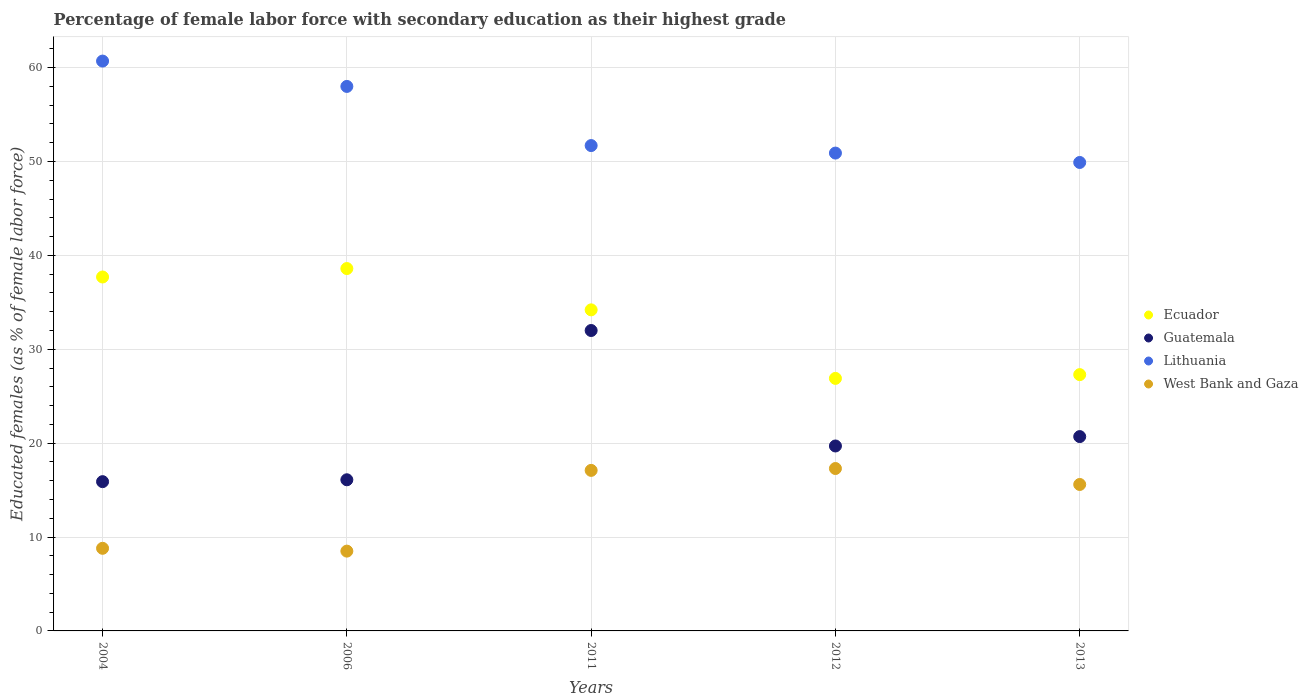
| Years | Ecuador | Guatemala | Lithuania | West Bank and Gaza |
 | --- | --- | --- | --- | --- |
 | 2004 | 37.7 | 15.9 | 60.7 | 8.8 |
 | 2006 | 38.6 | 16.1 | 58 | 8.5 |
 | 2011 | 34.2 | 32 | 51.7 | 17.1 |
 | 2012 | 26.9 | 19.7 | 50.9 | 17.3 |
 | 2013 | 27.3 | 20.7 | 49.9 | 15.6 |